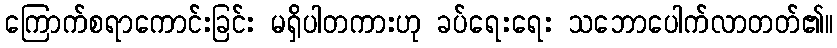
ကြောက်စရာကောင်းခြင်း မရှိပါတကားဟု ခပ်ရေးရေး သဘောပေါက်လာတတ်၏။